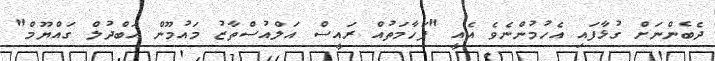
ދެބެންނަށް ގުޅާފައި އެހުމުންނެވެ އެއީ "ފަހާމަތުއް ރައީސް އަލްއުސްތާޒު މައުމޫން އަބްދުލް ގައްޔޫމް"